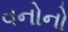
વનોનો